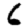
Digit: 6